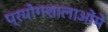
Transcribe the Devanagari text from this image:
प्रयोगशालाओंमें